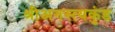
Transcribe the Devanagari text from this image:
श्रीअगस्त्यकुंड